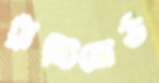
ট্রাষ্টিবোর্ড